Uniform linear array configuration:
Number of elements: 12
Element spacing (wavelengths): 1
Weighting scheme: binomial
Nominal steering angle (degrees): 30
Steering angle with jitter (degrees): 31.319
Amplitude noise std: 0.05
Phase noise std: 0.05

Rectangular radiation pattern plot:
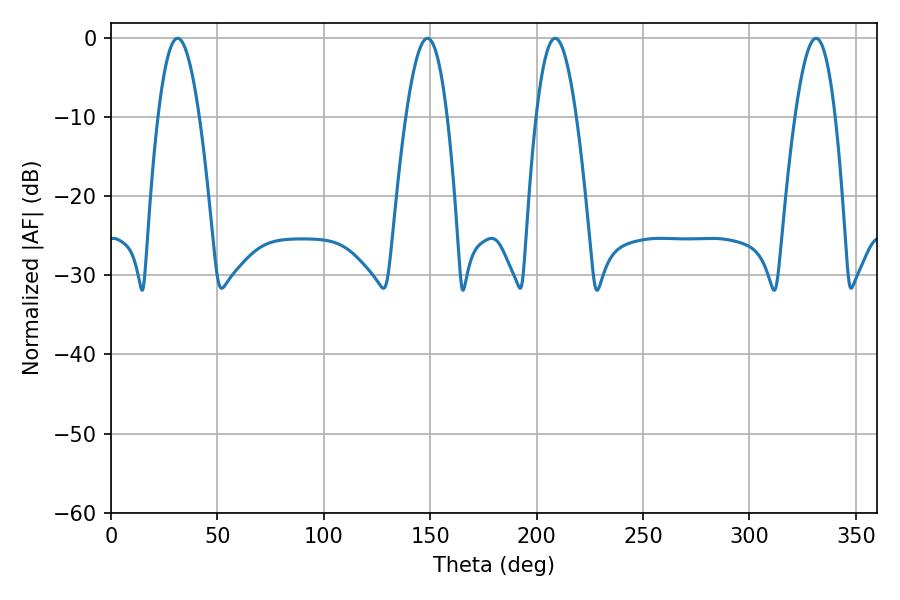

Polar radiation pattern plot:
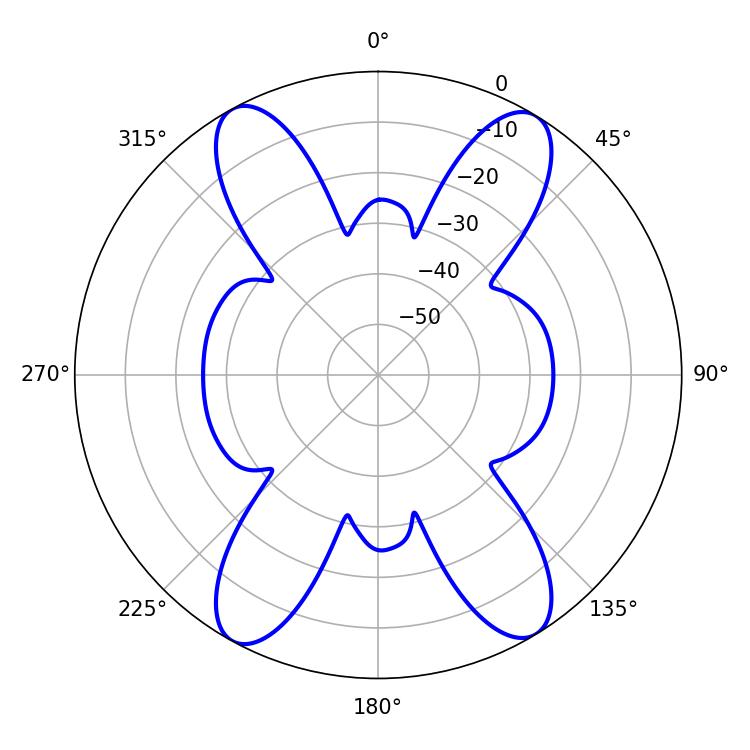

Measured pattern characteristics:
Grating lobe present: TRUE
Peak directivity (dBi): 20.014
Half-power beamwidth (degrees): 10.62
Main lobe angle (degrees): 31.32